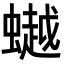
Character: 𧑅